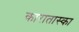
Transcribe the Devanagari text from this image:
कारातास्का